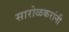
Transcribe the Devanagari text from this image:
सारोळकरांनी